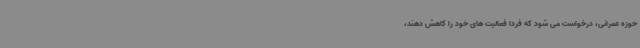
حوزه عمرانی، درخواست می شود که فردا فعالیت های خود را کاهش دهند،